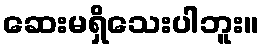
ဆေးမရှိသေးပါဘူး။